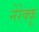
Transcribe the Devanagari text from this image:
नेरेक्कू